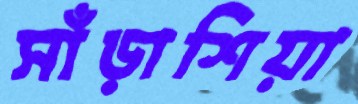
সাঁড়াশিয়া